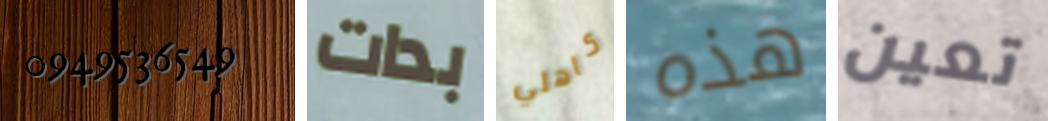
0949536549 بدات كاهلي هذه تعين